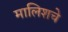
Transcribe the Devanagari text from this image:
मालिशचे